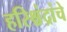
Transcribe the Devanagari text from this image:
हरिश्चंद्रांचे